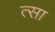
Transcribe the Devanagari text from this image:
त्सा